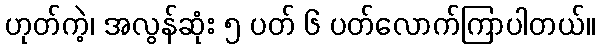
ဟုတ်ကဲ့၊ အလွန်ဆုံး ၅ ပတ် ၆ ပတ်လောက်ကြာပါတယ်။